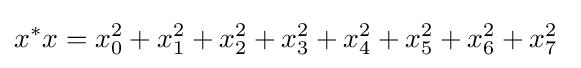
x^{*}x=x_{0}^{2}+x_{1}^{2}+x_{2}^{2}+x_{3}^{2}+x_{4}^{2}+x_{5}^{2}+x_{6}^{2}+x_{7}^{2}~